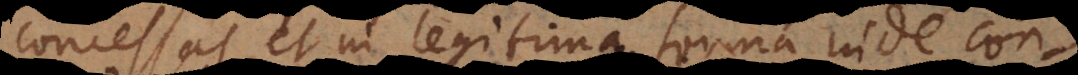
concessas, et in legitima forma inde con